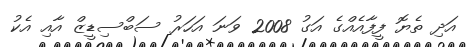
އަދި ތެޔޮ ފީފާއެއްގެ އަގު 2008 ވަނަ އަހަރު ސަބްސިޑީޒް އާއި އެކު